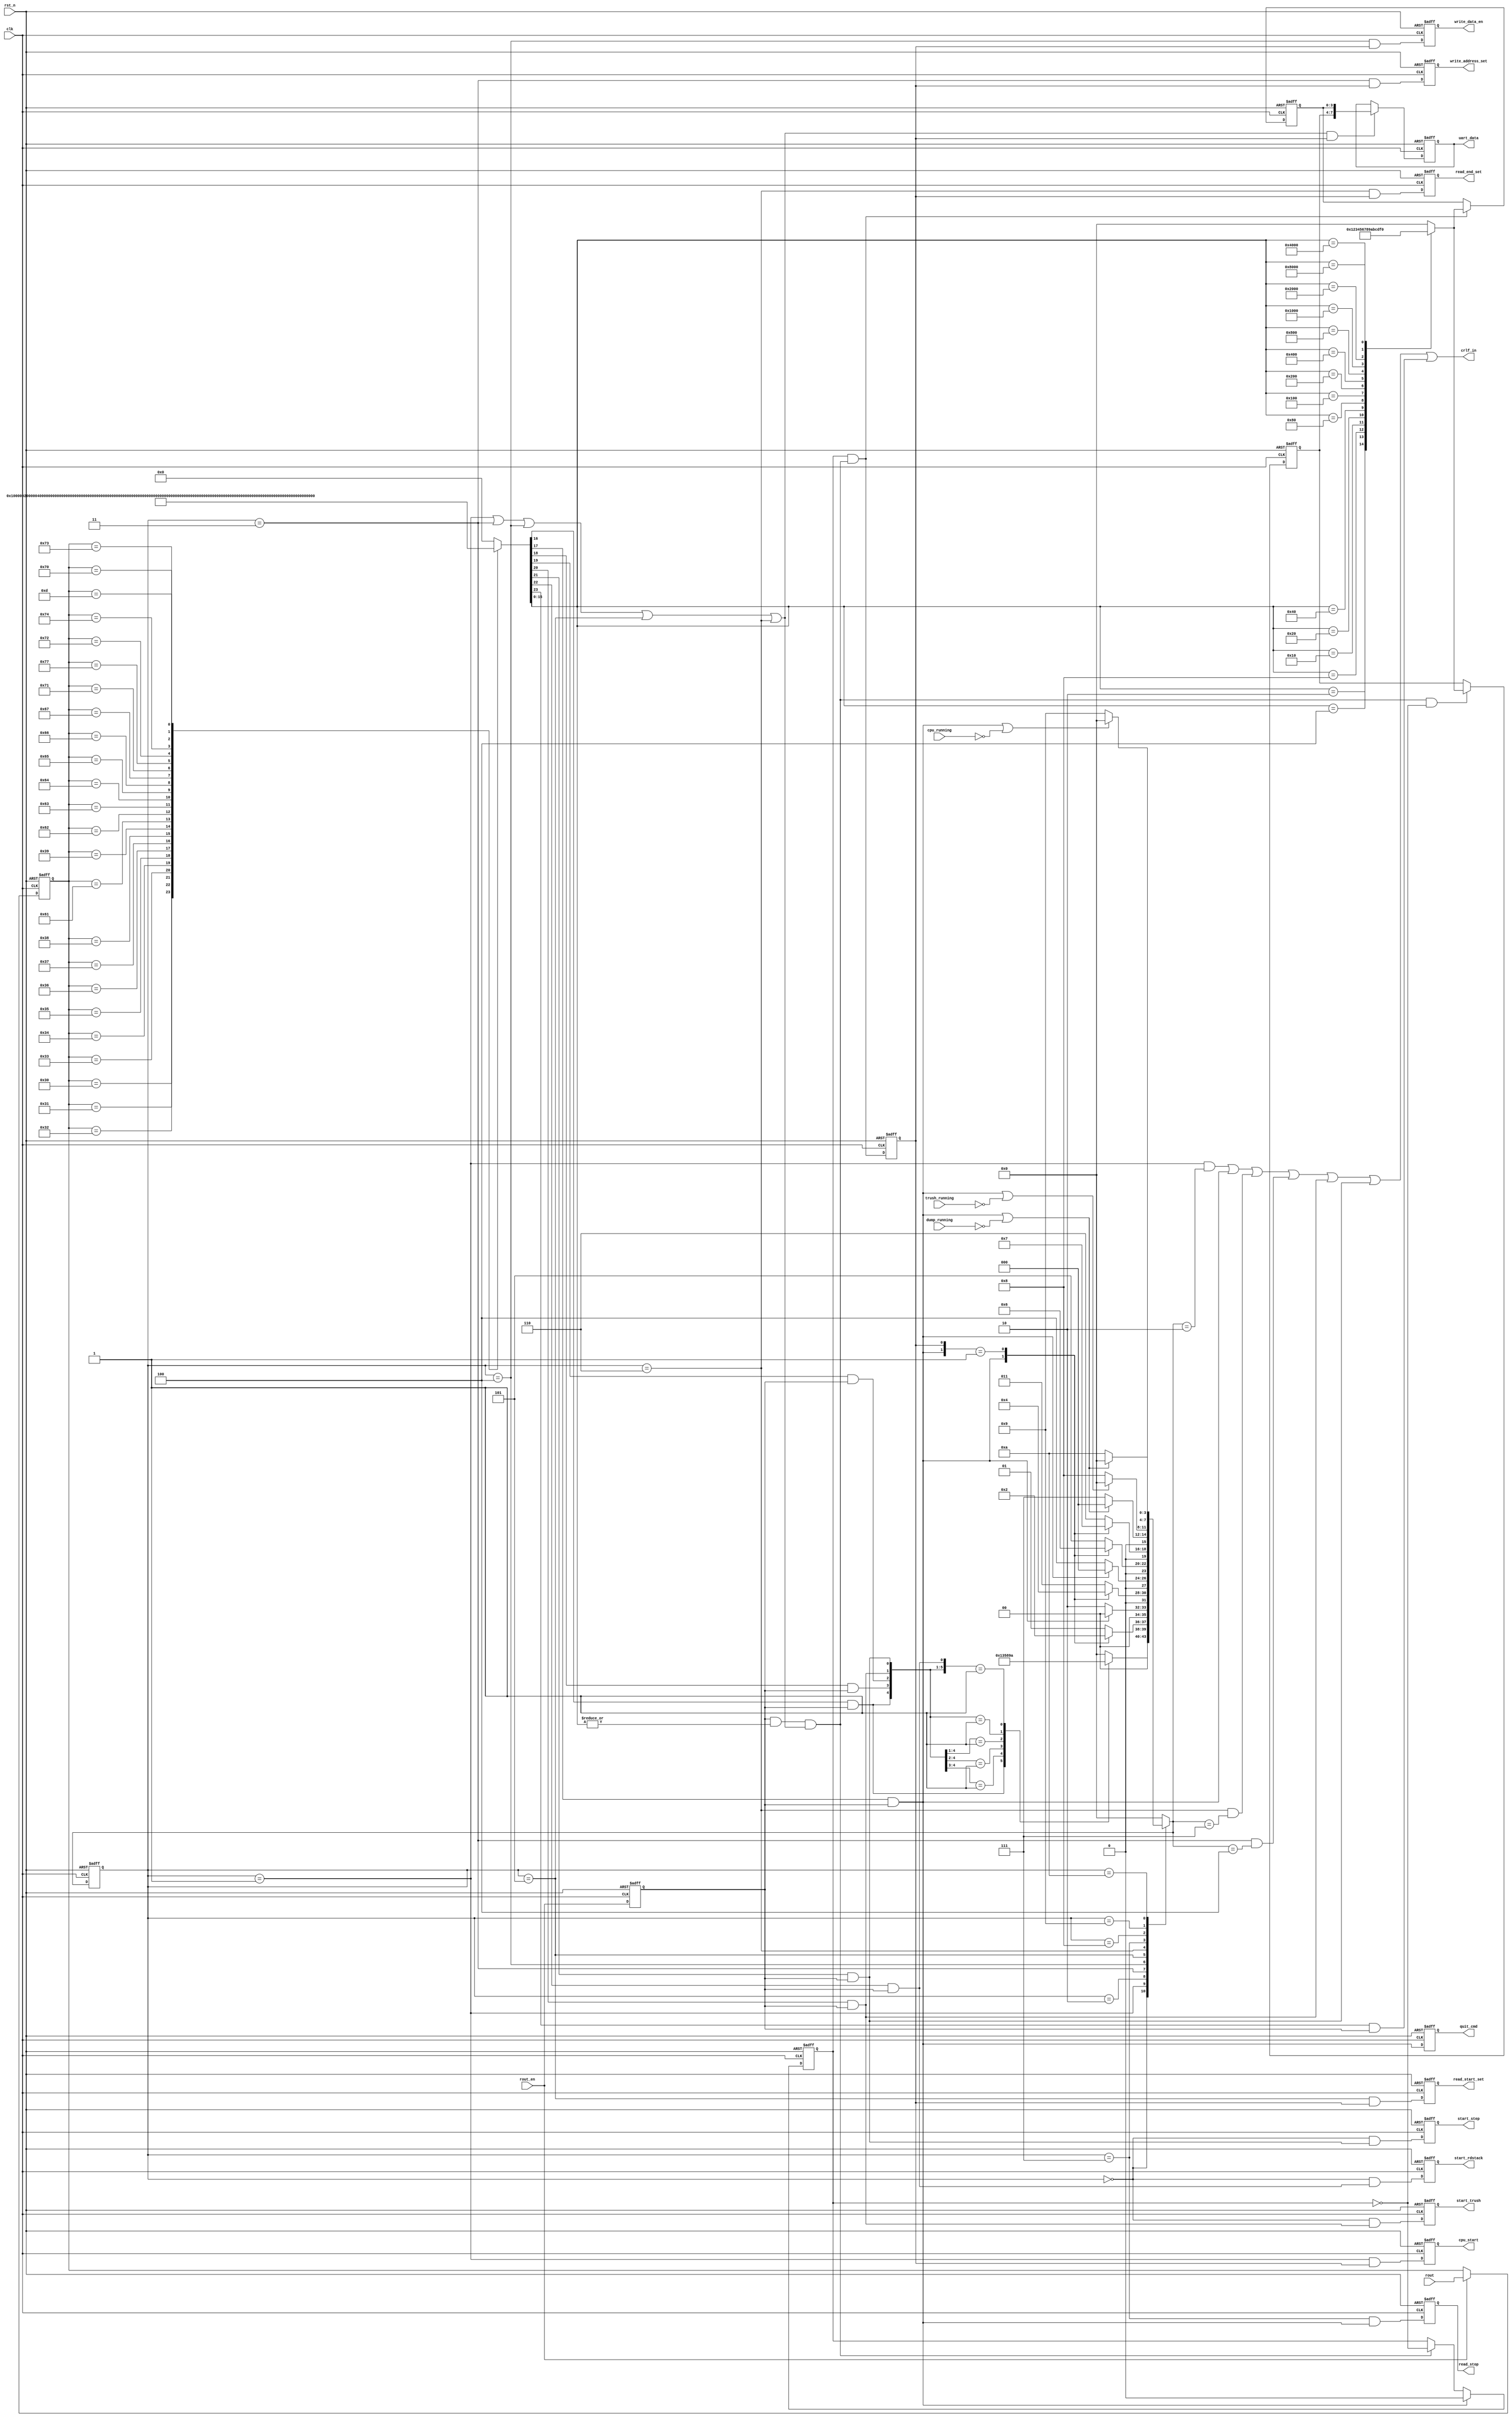
/*
 * Stack Machine CPU Sample
 *   UART Monitor Control Module for Tang Nano
 *    Verilog code
 * @auther		Yoshiki Kurokawa <yoshiki.k963@gmail.com>
 * @copylight	2020 Yoshiki Kurokawa
 * @license		https://opensource.org/licenses/MIT     MIT license
 * @version		0.1
 */

module uart_controller (
    input clk,
    input rst_n,
	input [7:0] rout,
	input rout_en,
	// to ctrl logics
	output reg [7:0] uart_data,
	output reg cpu_start,
	output reg write_address_set,
	output reg write_data_en,
	output reg read_start_set,
	output reg read_end_set,
	output reg read_stop,
	input dump_running,
	output reg start_trush,
	input trush_running,
	output reg start_step,
	input cpu_running,
	output crlf_in,
	output reg quit_cmd,
	output reg start_rdstack

);

// read data decoder

reg [7:0] pdata;
reg data_en;

always @ (posedge clk or negedge rst_n) begin
    if (~rst_n)
        pdata <= 8'd0;
    else if (rout_en)
        pdata <= rout;
end

always @ (posedge clk or negedge rst_n) begin
    if (~rst_n)
		data_en <= 1'b0;
	else
		data_en <= rout_en;
end

function [23:0] data_decoder;
input [7:0] pdata;
begin
	case(pdata)
		8'h30 : data_decoder = 24'b0000_0000_0000_0000_0000_0001; // 0
		8'h31 : data_decoder = 24'b0000_0000_0000_0000_0000_0010; // 1
		8'h32 : data_decoder = 24'b0000_0000_0000_0000_0000_0100; // 2
		8'h33 : data_decoder = 24'b0000_0000_0000_0000_0000_1000; // 3
		8'h34 : data_decoder = 24'b0000_0000_0000_0000_0001_0000; // 4
		8'h35 : data_decoder = 24'b0000_0000_0000_0000_0010_0000; // 5
		8'h36 : data_decoder = 24'b0000_0000_0000_0000_0100_0000; // 6
		8'h37 : data_decoder = 24'b0000_0000_0000_0000_1000_0000; // 7
		8'h38 : data_decoder = 24'b0000_0000_0000_0001_0000_0000; // 8
		8'h39 : data_decoder = 24'b0000_0000_0000_0010_0000_0000; // 9
		8'h61 : data_decoder = 24'b0000_0000_0000_0100_0000_0000; // a
		8'h62 : data_decoder = 24'b0000_0000_0000_1000_0000_0000; // b
		8'h63 : data_decoder = 24'b0000_0000_0001_0000_0000_0000; // c
		8'h64 : data_decoder = 24'b0000_0000_0010_0000_0000_0000; // d
		8'h65 : data_decoder = 24'b0000_0000_0100_0000_0000_0000; // e
		8'h66 : data_decoder = 24'b0000_0000_1000_0000_0000_0000; // f
		8'h67 : data_decoder = 24'b0000_0001_0000_0000_0000_0000; // g : go PC to address (run program)
		8'h71 : data_decoder = 24'b0000_0010_0000_0000_0000_0000; // q : quit,stop,finish
		8'h77 : data_decoder = 24'b0000_0100_0000_0000_0000_0000; // w : write data to memory
		8'h72 : data_decoder = 24'b0000_1000_0000_0000_0000_0000; // r : read data from memory and dump
		8'h74 : data_decoder = 24'b0001_0000_0000_0000_0000_0000; // t : trushed memory and 0 clear
		8'h73 : data_decoder = 24'b0010_0000_0000_0000_0000_0000; // s : step execution
		8'h70 : data_decoder = 24'b0100_0000_0000_0000_0000_0000; // p : 
		8'h0d : data_decoder = 24'b1000_0000_0000_0000_0000_0000; // CR : change to CRLF
		default : data_decoder = 24'd0;
	endcase
end
endfunction

wire [23:0] decode_bits = data_decoder( pdata );

function [3:0] bin_encoder;
input [15:0] hot_code;
begin
	case(hot_code)
		16'b0000_0000_0000_0001 : bin_encoder = 4'h0;
		16'b0000_0000_0000_0010 : bin_encoder = 4'h1;
		16'b0000_0000_0000_0100 : bin_encoder = 4'h2;
		16'b0000_0000_0000_1000 : bin_encoder = 4'h3;
		16'b0000_0000_0001_0000 : bin_encoder = 4'h4;
		16'b0000_0000_0010_0000 : bin_encoder = 4'h5;
		16'b0000_0000_0100_0000 : bin_encoder = 4'h6;
		16'b0000_0000_1000_0000 : bin_encoder = 4'h7;
		16'b0000_0001_0000_0000 : bin_encoder = 4'h8;
		16'b0000_0010_0000_0000 : bin_encoder = 4'h9;
		16'b0000_0100_0000_0000 : bin_encoder = 4'ha;
		16'b0000_1000_0000_0000 : bin_encoder = 4'hb;
		16'b0001_0000_0000_0000 : bin_encoder = 4'hc;
		16'b0010_0000_0000_0000 : bin_encoder = 4'hd;
		16'b0100_0000_0000_0000 : bin_encoder = 4'he;
		16'b1000_0000_0000_0000 : bin_encoder = 4'hf;
		default : bin_encoder = 4'h0;
	endcase
end
endfunction

wire [3:0] half_data = bin_encoder( decode_bits[15:0] ) ;
wire num_char = | decode_bits[15:0];

wire cmd_g = decode_bits[16] & data_en;
wire cmd_q = decode_bits[17] & data_en;
wire cmd_w = decode_bits[18] & data_en;
wire cmd_r = decode_bits[19] & data_en;
wire cmd_t = decode_bits[20] & data_en;
wire cmd_s = decode_bits[21] & data_en;
wire cmd_p = decode_bits[22] & data_en;
wire cmd_crlf = decode_bits[23] & data_en;

// command format
// g : goto PC address ( run program until quit ) : format:  g <start addess>
// q : quit from any command                      : format:  q
// w : write date to memory                       : format:  w <start adderss> <data> ....<data> q
// r : read data from memory                      : format:  r <start address> <end adderss>
// t : trashed memory data and 0 clear            : format:  t
// s : program step execution                     : format:  s
// p : stack dump                                 : format:  p
// state machine

reg bin_data_valid;

reg [3:0] cmd_status;
wire [3:0] next_cmd_status;

`define C_STAIDLE 4'd0
`define C_GSETNUM 4'd1
`define C_GOTONUM 4'd2
`define C_WADRNUM 4'd3
`define C_WDATNUM 4'd4
`define C_RSTARTN 4'd5
`define C_RENDNUM 4'd6
`define C_RDUMPDT 4'd7
`define C_TRUSHDT 4'd8
`define C_STEPRUN 4'd9
`define C_RDSTACK 4'd10


function [3:0] cmd_statemachine;
input [3:0] cmd_status;
input cmd_g;
input cmd_q;
input cmd_w;
input cmd_r;
input cmd_t;
input cmd_s;
input bin_data_valid;
input dump_running;
input trush_running;
input cpu_running;

begin
	case(cmd_status)
		`C_STAIDLE :
			casez({cmd_g,cmd_w,cmd_r,cmd_t,cmd_s,cmd_p})
				6'b1?_???? : cmd_statemachine = `C_GSETNUM;
				6'b01_???? : cmd_statemachine = `C_WADRNUM;
				6'b00_1??? : cmd_statemachine = `C_RSTARTN;
				6'b00_01?? : cmd_statemachine = `C_TRUSHDT;
				6'b00_001? : cmd_statemachine = `C_STEPRUN;
				6'b00_0001 : cmd_statemachine = `C_RDSTACK;
				default   : cmd_statemachine = `C_STAIDLE;
			endcase
		`C_GSETNUM :
			casez({cmd_q,bin_data_valid})
				2'b1? : cmd_statemachine = `C_STAIDLE;
				2'b01 : cmd_statemachine = `C_GOTONUM;
				default : cmd_statemachine = `C_GSETNUM;
			endcase
		`C_GOTONUM :
			if (cmd_q)
				cmd_statemachine = `C_STAIDLE;
			else
				cmd_statemachine = `C_GOTONUM;
		`C_WADRNUM :
			casez({cmd_q,bin_data_valid})
				2'b1? : cmd_statemachine = `C_STAIDLE;
				2'b01 : cmd_statemachine = `C_WDATNUM;
				default : cmd_statemachine = `C_WADRNUM;
			endcase
		`C_WDATNUM :
			if (cmd_q)
				cmd_statemachine = `C_STAIDLE;
			else
				cmd_statemachine = `C_WDATNUM;
		`C_RSTARTN :
			casez({cmd_q,bin_data_valid})
				2'b1? : cmd_statemachine = `C_STAIDLE;
				2'b01 : cmd_statemachine = `C_RENDNUM;
				default : cmd_statemachine = `C_RSTARTN;
			endcase
		`C_RENDNUM :
			casez({cmd_q,bin_data_valid})
				2'b1? : cmd_statemachine = `C_STAIDLE;
				2'b01 : cmd_statemachine = `C_RDUMPDT;
				default : cmd_statemachine = `C_RENDNUM;
			endcase
		`C_RDUMPDT :
			if (cmd_q | ~dump_running)
				cmd_statemachine = `C_STAIDLE;
			else
				cmd_statemachine = `C_RDUMPDT;
		`C_TRUSHDT :
			if (cmd_q | ~trush_running)
				cmd_statemachine = `C_STAIDLE;
			else
				cmd_statemachine = `C_TRUSHDT;
		`C_STEPRUN :
			if (cmd_q | ~cpu_running)
				cmd_statemachine = `C_STAIDLE;
			else
				cmd_statemachine = `C_STEPRUN;
		`C_RDSTACK :
			if (cmd_q | ~dump_running)
				cmd_statemachine = `C_STAIDLE;
			else
				cmd_statemachine = `C_RDSTACK;
		default : cmd_statemachine = `C_STAIDLE;
	endcase
end
endfunction

assign next_cmd_status = cmd_statemachine(
							cmd_status,
							cmd_g,
							cmd_q,
							cmd_w,
							cmd_r,
							cmd_t,
							cmd_s,
							bin_data_valid,
							dump_running,
							trush_running,
							cpu_running
							);

always @ (posedge clk or negedge rst_n) begin
	if (~rst_n)
		cmd_status <= `C_STAIDLE;
	else
		cmd_status <= next_cmd_status;
end

// decode signals

wire idle_status = ( cmd_status == `C_STAIDLE );
wire gcmd_setnum = ( cmd_status == `C_GSETNUM );
wire wcmd_setnum = ( cmd_status == `C_WADRNUM );
wire wcmd_setdat = ( cmd_status == `C_WDATNUM );
wire rcmd_setsta = ( cmd_status == `C_RSTARTN );
wire rcmd_setend = ( cmd_status == `C_RENDNUM );
wire rcmd_dumpdt = ( cmd_status == `C_RDUMPDT );

wire g_crlf = ( cmd_status == `C_GSETNUM ) & ( next_cmd_status == `C_GOTONUM );
wire r_crlf = ( cmd_status == `C_RENDNUM ) & ( next_cmd_status == `C_RDUMPDT );
wire w_crlf = ( cmd_status == `C_WADRNUM ) & ( next_cmd_status == `C_WDATNUM );


assign crlf_in = g_crlf | cmd_q | r_crlf | w_crlf | cmd_t | cmd_s | cmd_crlf;

// data setter
reg [3:0] upper_data;
reg [3:0] lower_data;
reg lower_sel;

wire bin_data_set = data_en & num_char & (gcmd_setnum | wcmd_setnum | wcmd_setdat | rcmd_setsta | rcmd_setend);

always @ (posedge clk or negedge rst_n) begin
	if (~rst_n)
		lower_sel <= 1'b0;
	else if (cmd_q)
		lower_sel <= 1'b0;
	else if (bin_data_set)
		lower_sel <= ~lower_sel;
end

always @ (posedge clk or negedge rst_n) begin
	if (~rst_n)
		bin_data_valid <= 1'b0;
	else
		bin_data_valid <= lower_sel & bin_data_set;
end

always @ (posedge clk or negedge rst_n) begin
	if (~rst_n)
		upper_data <= 3'd0;
	else if (bin_data_set & ~lower_sel)
		upper_data <= half_data ;
end

always @ (posedge clk or negedge rst_n) begin
	if (~rst_n)
		lower_data <= 3'd0;
	else if (bin_data_set & lower_sel)
		lower_data <= half_data ;
end

wire [7:0] bin_data;
assign bin_data = { upper_data, lower_data };

// g command

wire ctrl_valid = gcmd_setnum | wcmd_setnum | wcmd_setdat | rcmd_setsta | rcmd_setend;

always @ (posedge clk or negedge rst_n) begin
	if (~rst_n)
		uart_data <= 8'd0;
	else if (ctrl_valid & bin_data_valid)
		uart_data <= bin_data;
end

always @ (posedge clk or negedge rst_n) begin
	if (~rst_n)
		cpu_start <= 1'b0;
	else
		cpu_start <= gcmd_setnum & bin_data_valid;
end

// w command

always @ (posedge clk or negedge rst_n) begin
	if (~rst_n)
		write_address_set <= 1'b0;
	else
		write_address_set <= wcmd_setnum & bin_data_valid;
end

always @ (posedge clk or negedge rst_n) begin
	if (~rst_n)
		write_data_en <= 1'b0;
	else
		write_data_en <= wcmd_setdat & bin_data_valid;
end

// r command

always @ (posedge clk or negedge rst_n) begin
	if (~rst_n)
		read_start_set <= 1'b0;
	else
		read_start_set <= rcmd_setsta & bin_data_valid;
end

always @ (posedge clk or negedge rst_n) begin
	if (~rst_n)
		read_end_set <= 1'b0;
	else
		read_end_set <= rcmd_setend & bin_data_valid;
end

always @ (posedge clk or negedge rst_n) begin
	if (~rst_n)
		read_stop <= 1'b0;
	else
		read_stop <= rcmd_dumpdt & cmd_q;
end

// t command

always @ (posedge clk or negedge rst_n) begin
	if (~rst_n)
		start_trush <= 1'b0;
	else
		start_trush <= idle_status & cmd_t;
end

// s command

always @ (posedge clk or negedge rst_n) begin
	if (~rst_n)
		start_step <= 1'b0;
	else
		start_step <= idle_status & cmd_s;
end

// q command

always @ (posedge clk or negedge rst_n) begin
	if (~rst_n)
		quit_cmd <= 1'b0;
	else
		quit_cmd <= cmd_q;
end

// p command

always @ (posedge clk or negedge rst_n) begin
	if (~rst_n)
		start_rdstack <= 1'b0;
	else
		start_rdstack <= idle_status & cmd_p;
end

endmodule